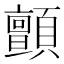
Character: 顫